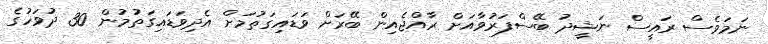
ނަމަވެސް ރައީސް ނަޝީދު ބޭސްފަރުވާއަށް ރާއްޖެއިން ބޭރަށް ވަޑައިގަތުމަށް އެދިވަޑައިގަތުމުން 30 ދުވަހުގެ